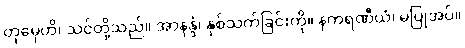
တုမှေဟိ၊ သင်တို့သည်။ အာနန္ဒံ၊ နှစ်သက်ခြင်းကို။ နကရဏီယံ၊ မပြုအပ်။